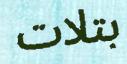
بتلات